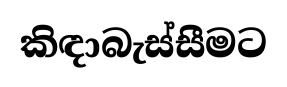
කිඳාබැස්සීමට